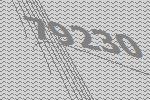
79230